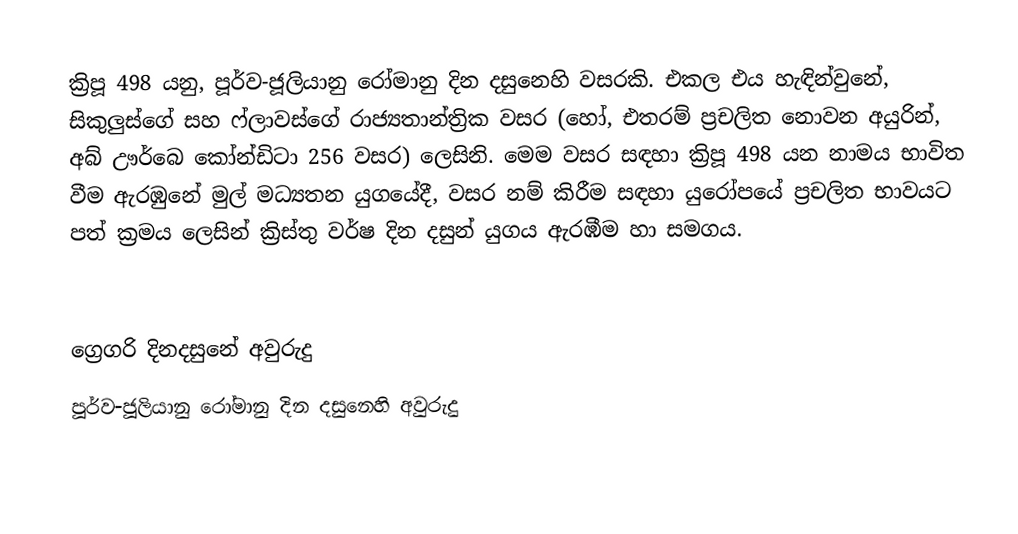

ක්‍රිපූ 498 යනු, පූර්ව-ජූලියානු රෝමානු දින දසුනෙහි වසරකි. එකල එය හැඳින්වුනේ, සිකුලුස්ගේ සහ ෆ්ලාවස්ගේ රාජ්‍යතාන්ත්‍රික වසර (හෝ, එතරම් ප්‍රචලිත නොවන අයුරින්, අබ් ඌර්බෙ කෝන්ඩිටා 256 වසර) ලෙසිනි. මෙම වසර සඳහා ක්‍රිපූ 498 යන නාමය භාවිත වීම ඇරඹුනේ මුල්  මධ්‍යතන යුගයේදී, වසර නම් කිරීම සඳහා යුරෝපයේ ප්‍රචලිත භාවයට පත් ක්‍රමය ලෙසින් ක්‍රිස්තු වර්ෂ දින දසුන් යුගය ඇරඹීම හා සමගය.

ග්‍රෙගරි දිනදසුනේ අවුරුදු
පූර්ව-ජූලියානු රෝමානු දින දසුනෙහි අවුරුදු